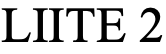
LIITE 2